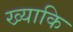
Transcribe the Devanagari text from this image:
ख्याकि